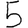
Digit: 5